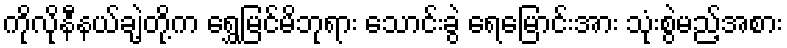
ကိုလိုနီနယ်ချဲ့တို့က ရွှေမြင်မိဘုရား သောင်းခွဲ ရေမြောင်းအား သုံးစွဲမည့်အစား